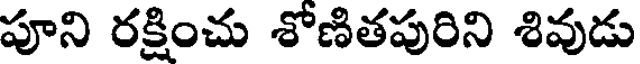
పూని రక్షించు శోణితపురిని శివుడు